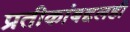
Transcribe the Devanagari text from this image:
प्रतीकांबद्दलही